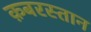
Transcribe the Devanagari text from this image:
क़बरस्तान